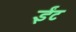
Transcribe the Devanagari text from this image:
र्इंट